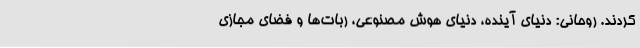
کردند. روحانی: دنیای آینده، دنیای هوش مصنوعی، ربات‌ها و فضای مجازی